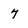
Character: 7